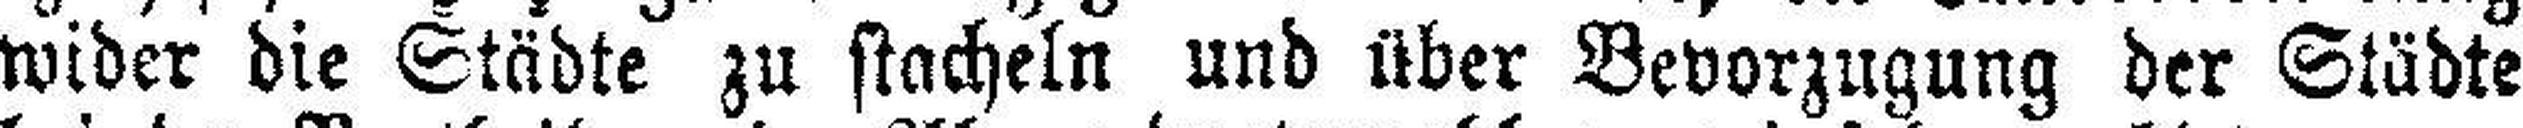
wider die Städte zu stacheln und über Bevorzugung der Städte